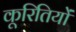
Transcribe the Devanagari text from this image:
कूरितियों